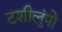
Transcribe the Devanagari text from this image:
टशीलुंपो